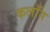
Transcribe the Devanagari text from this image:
कलाँग